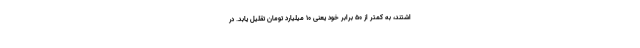
اشتند، به کمتر از ۵۰ برابر خود یعنی ۱۰ میلیارد تومان تقلیل یابد. در